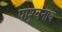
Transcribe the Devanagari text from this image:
पाश्र्वनाथ